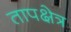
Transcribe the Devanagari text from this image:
तापक्षेत्र